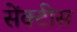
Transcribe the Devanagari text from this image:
सेंक्टीस